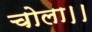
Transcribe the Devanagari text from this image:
चोला।।